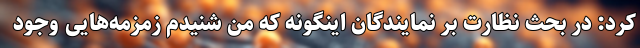
کرد: در بحث نظارت بر نمایندگان اینگونه که من شنیدم زمزمه‌هایی وجود